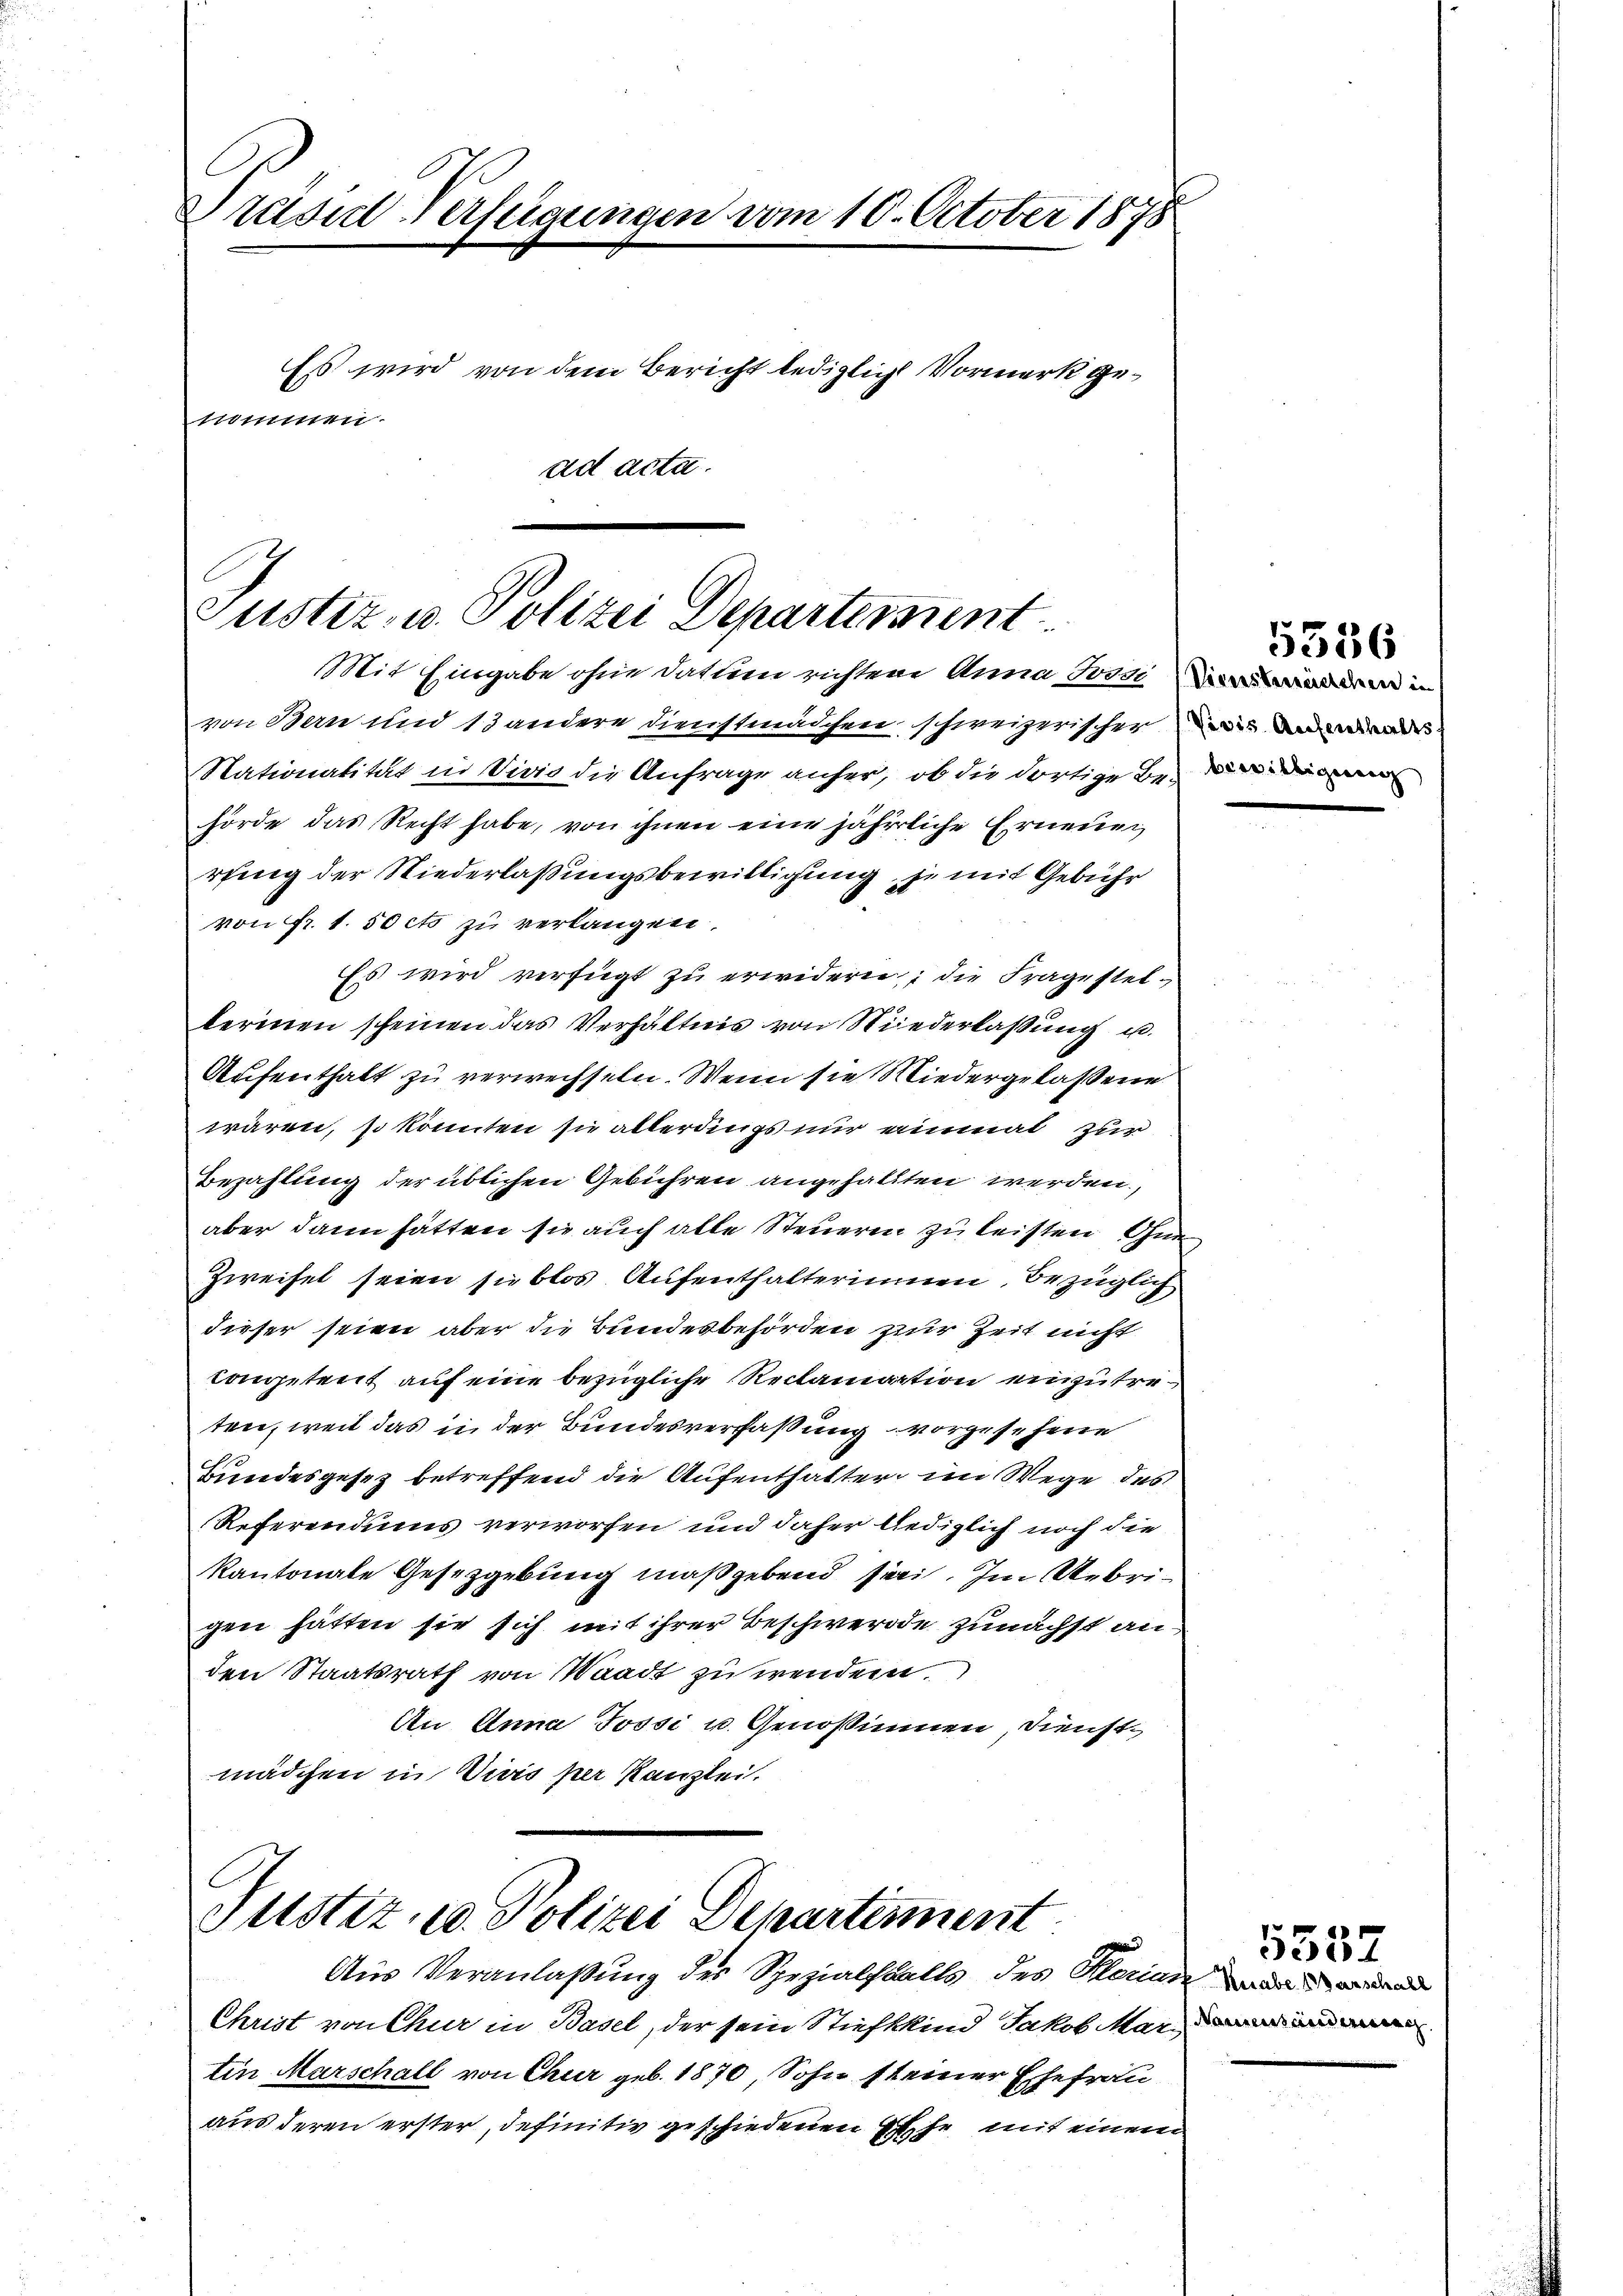
Präsid-Verfügungen vom 10. October 1878
Es wird von dem Bericht lediglich Vormerk genommen.
ad acta.

Justiz- u. Polizei Departement

Mit Eingabe ohne datum richten Anna Jossiden un
von Bern und 13 andere dienstmädchen schweizerischer die und wendes
Stationalität in Vivio die Anfrage anher, ob die dortige Behörde das Recht habe, von ihnen eine jährliche Erneuen
rung der Niederlaßungsbewilligung, je mit Gebühr
von Fr. 1.50 cts zu verlangen.
Es wird verfügt zu erwidern, die Fragestelberinen scheinen das Verhältnis von Niederlassung u.
Aufenthalt zu verwechseln. Wenn sie Wiedergelassene
wären, so könnten sie allerdings nur einmal zur
Bezahlung der üblichen Gebühren angehalten werden,
aber dann hätten sie auch alle Steueren zu leisten Gna
Zweifel seien sie blos Aufenthalterinnen, bezüglich
dieser seien aber die Bundesbehörden zur Zeit nicht
Congetreit auf eine bezügliche Reclamation einzutreten, weil das in der Bundesverfaßung vorgesehene
Bundesgesetz betreffend die Aufenthalter im Wege des
Referendums verworfen und daher lediglich noch die
kantonale Gesetzgebung maßgebend sei. Im Uebrigen hätten sie sich mit ihrer Beschwerde zunächst anden Staatsrath von Waadt zu wenden.
An Anna Jossi u. Genoßinnen, Dienstmädchen in Divis per Kanzlei.

Justiz, u. Polizei Departement

Aus Veranlaßung des Spezialfalls des Klerinn und
Christ von Chur in Basel, der sein Stiefkkind Jakob Mai
tin Marschall von Chur geb. 1870, Sohn steiner Ehefrau
aus deren erster, definitiv geschiedenen Ehe mit einem

5536

5552